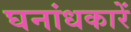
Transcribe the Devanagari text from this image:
घनांधकारें